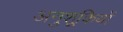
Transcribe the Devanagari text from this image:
अनुशूकियों